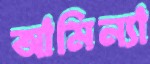
আমিন্যা